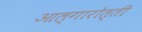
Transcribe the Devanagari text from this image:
आल्गारोत्ती